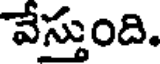
వేస్తుంది.